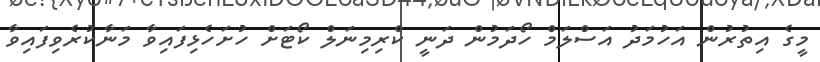
މީގެ އިތުރުން އަހުމަދު އަސްލަމް ހޯދަމުން ދަނީ ކްރިމިނަލް ކޯޓަށް ހުށަހެޅިފައިވާ މަނާކުރެވިފައިވާ